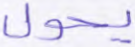
يحول